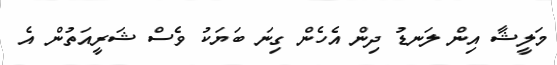
މަލީޝާ އިން ލަނޑު ދިން އެހެން ގިނަ ބަޔަކު ވެސް ޝަރީއަތުން އެ